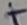
Text: +